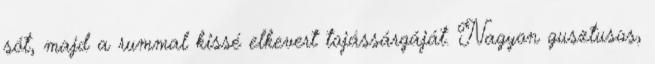
sót, majd a rummal kissé elkevert tojássárgáját. Nagyon gusztusos,